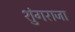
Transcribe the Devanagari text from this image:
शुंगराजा